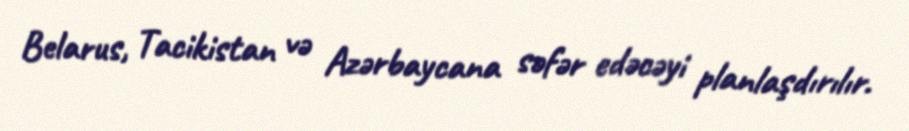
Belarus, Tacikistan və Azərbaycana səfər edəcəyi planlaşdırılır.